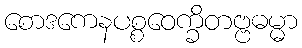
စောဒကေနပစ္စဝေက္ခိတဗ္ဗဓမ္မာ